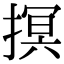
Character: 㨠